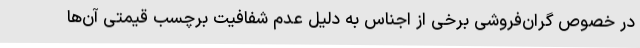
در خصوص گران‌فروشی برخی از اجناس به دلیل عدم شفافیت برچسب قیمتی آن‌ها